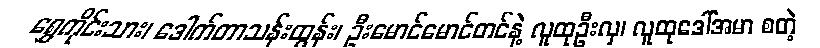
ရွှေကိုင်းသား၊ ဒေါက်တာသန်းထွန်း၊ ဦးမောင်မောင်တင်နဲ့ လူထုဦးလှ၊ လူထုဒေါ်အမာ စတဲ့